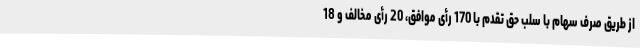
از طریق صرف سهام با سلب حق تقدم با 170 رأی موافق، 20 رأی مخالف و 18